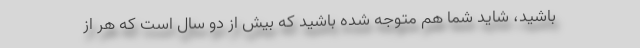
باشید، شاید شما هم متوجه شده باشید که بیش از دو سال است که هر از